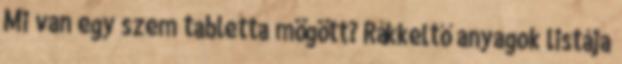
Mi van egy szem tabletta mögött? Rákkeltő anyagok listája